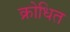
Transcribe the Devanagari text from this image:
क्रोधित